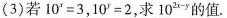
(3)若$$1 0 ^{ x } = 3$$，$$1 0 ^{ y } = 2$$，求$$10 ^ { 2 x - y }$$的值.